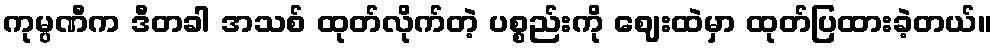
ကုမ္ပဏီက ဒီတခါ အသစ် ထုတ်လိုက်တဲ့ ပစ္စည်းကို ဈေးထဲမှာ ထုတ်ပြထားခဲ့တယ်။